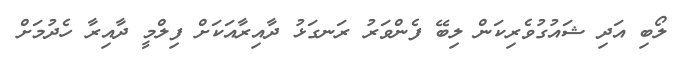
ލޯބި އަދި ޝައުގުވެރިކަން ލިބޭ ފެންވަރު ރަނގަޅު ދާއިރާއަކަށް ފިލްމީ ދާއިރާ ހެދުމަށް